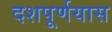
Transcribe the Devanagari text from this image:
दशपूर्णयास